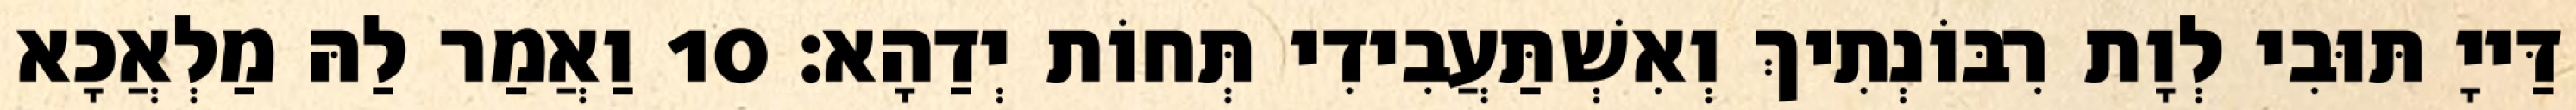
דַּייָ תּוּבִי לְוָת רִבּוֹנְתִיךְ וְאִשְׁתַּעֲבִידִי תְּחוֹת יְדַהָא׃ 10 וַאֲמַר לַהּ מַלְאֲכָא